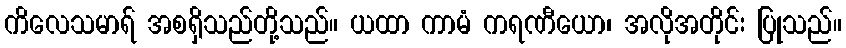
ကိလေသမာရ် အစရှိသည်တို့သည်။ ယထာ ကာမံ ကရဏီယော၊ အလိုအတိုင်း ပြုသည်။